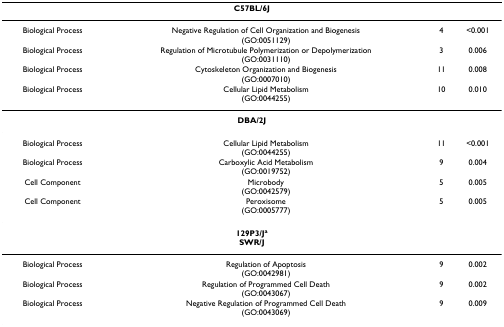
| <COLSPAN=4> C57BL/6J |
 | --- | --- | --- | --- |
 | Biological Process | Negative Regulation of Cell Organization and Biogenesis(GO:0051129) | 4 | <0.001 |
 | Biological Process | Regulation of Microtubule Polymerization or Depolymerization(GO:0031110) | 3 | 0.006 |
 | Biological Process | Cytoskeleton Organization and Biogenesis(GO:0007010) | 11 | 0.008 |
 | Biological Process | Cellular Lipid Metabolism(GO:0044255) | 10 | 0.010 |
 | <COLSPAN=4> DBA/2J |
 | Biological Process | Cellular Lipid Metabolism(GO:0044255) | 11 | <0.001 |
 | Biological Process | Carboxylic Acid Metabolism(GO:0019752) | 9 | 0.004 |
 | Cell Component | Microbody(GO:0042579) | 5 | 0.005 |
 | Cell Component | Peroxisome(GO:0005777) | 5 | 0.005 |
 | <COLSPAN=4> 129P3/JaSWR/J |
 | Biological Process | Regulation of Apoptosis(GO:0042981) | 9 | 0.002 |
 | Biological Process | Regulation of Programmed Cell Death(GO:0043067) | 9 | 0.002 |
 | Biological Process | Negative Regulation of Programmed Cell Death(GO:0043069) | 9 | 0.009 |